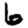
Digit: 6